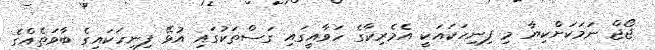
ޖޯޖް ނަމަކަށްކިޔާ މި ފިނިހަކައަކީ އެމެރިކާގެ ހަވާއީގައި ގަސްތަކުގައި އުޅޭ ފިނިހަކައިގެ ބާވަތެއްގެ